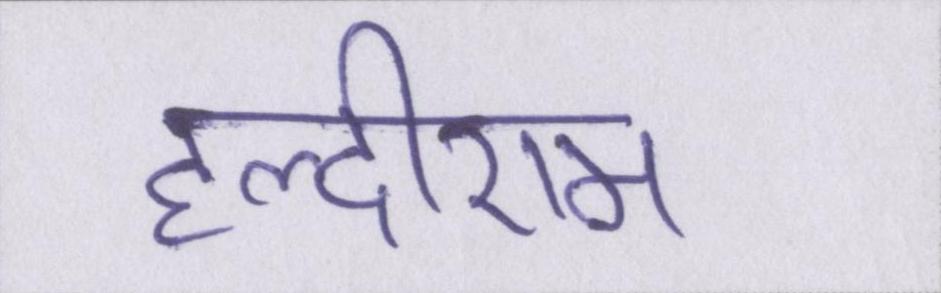
हल्दीराम